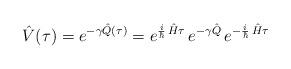
LaTeX: \begin{align*}\hat V(\tau)=e^{-\gamma\hat Q(\tau)}= e^{\frac{i}{\hbar}\,\hat H\tau}\,e^{-\gamma \hat Q}\,e^{-\frac{i}{\hbar}\,\hat H\tau}\end{align*}